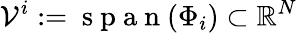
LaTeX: \mathcal{V}^{i}:=\mathrm{~s~p~a~n~}(\Phi_{i})\subset\mathbb{R}^{N}